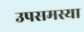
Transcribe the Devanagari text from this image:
उपसमस्या